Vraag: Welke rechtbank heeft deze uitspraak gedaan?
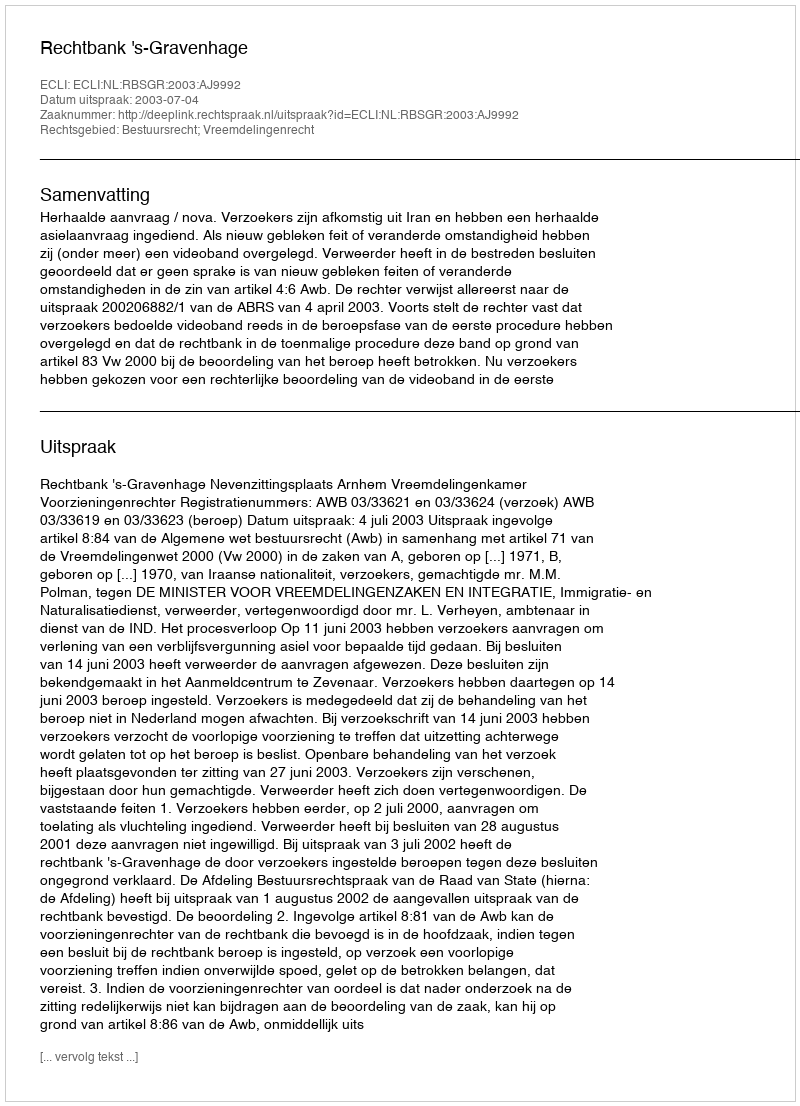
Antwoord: Rechtbank 's-Gravenhage